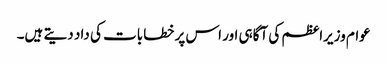
عوام وزیراعظم کی آگاہی اور اس پر خطابات کی داد دیتے ہیں۔